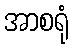
အာစရုံ